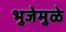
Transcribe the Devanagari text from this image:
भुजेमुळे